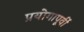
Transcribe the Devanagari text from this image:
प्रयोगापूर्वी